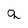
Character: q